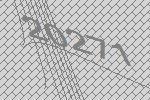
20271